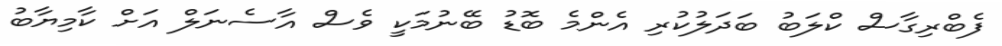
ފެބްރިގާސް ކްލަބު ބަދަލުކުރި އެންމެ ބޮޑު ބޭނުމަކީ ވެސް އާސެނަލް އަށް ކާމިޔާބު